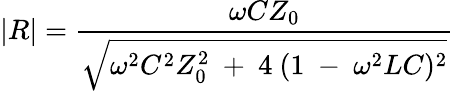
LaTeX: |R|={\frac{\omega CZ_{0}}{\sqrt{\omega^{2}C^{2}Z_{0}^{2}~+~4~(1~-~\omega^{2}LC)^{2}}}}